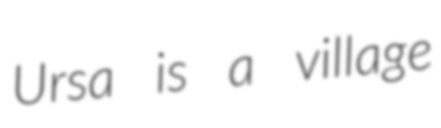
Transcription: Ursa is a village